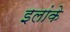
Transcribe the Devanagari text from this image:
इलांके